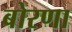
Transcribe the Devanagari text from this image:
बोरणा